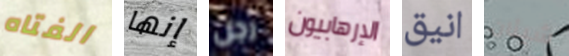
الفتاه إنها رجل الإرهابيون انيق شيئان